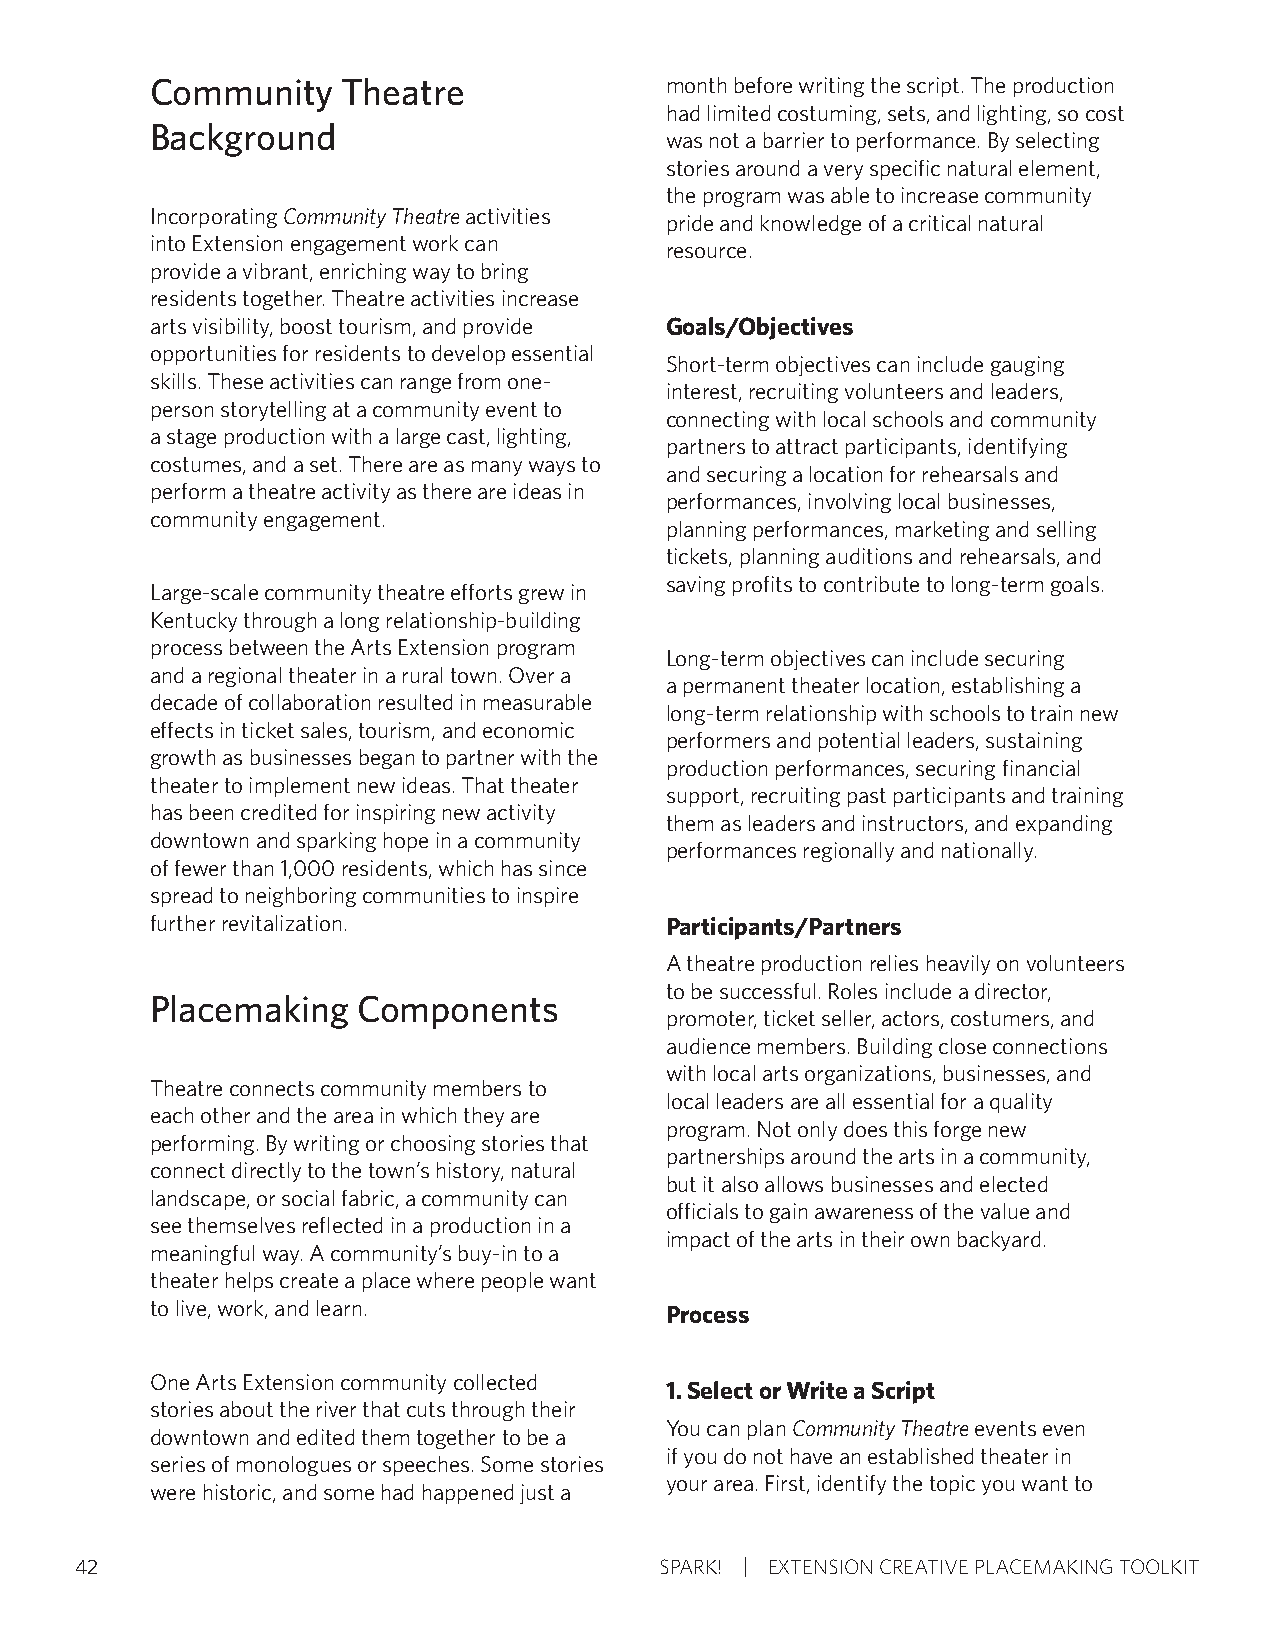
Community    Theatre              month before writing the script. The production
 had limited costuming, sets, and lighting, so cost
 Background
 was not a barrier to performance. By selecting
 stories around a very specific natural element,
 the program was able to increase community
 Incorporating Community Theatre activities
 pride and knowledge of a critical natural
 into Extension engagement work can
 resource.
 provide a vibrant, enriching way to bring
 residents together. Theatre activities increase
 arts visibility, boost tourism, and provide Goals/Objectives
 opportunities for residents to develop essential
 Short-term objectives can include gauging
 skills. These activities can range from one-
 interest, recruiting volunteers and leaders,
 person storytelling at a community event to
 connecting with local schools and community
 a stage production with a large cast, lighting,
 partners to attract participants, identifying
 costumes, and a set. There are as many ways to
 and securing a location for rehearsals and
 perform a theatre activity as there are ideas in
 performances, involving local businesses,
 community engagement.
 planning performances, marketing and selling
 tickets, planning auditions and rehearsals, and
 saving profits to contribute to long-term goals.
 Large-scale community theatre efforts grew in
 Kentucky through a long relationship-building
 process between the Arts Extension program
 Long-term objectives can include securing
 and a regional theater in a rural town. Over a
 a permanent theater location, establishing a
 decade of collaboration resulted in measurable
 long-term relationship with schools to train new
 effects in ticket sales, tourism, and economic
 performers and potential leaders, sustaining
 growth as businesses began to partner with the
 production performances, securing financial
 theater to implement new ideas. That theater
 support, recruiting past participants and training
 has been credited for inspiring new activity
 them as leaders and instructors, and expanding
 downtown and sparking hope in a community
 performances regionally and nationally.
 of fewer than 1,000 residents, which has since
 spread to neighboring communities to inspire
 further revitalization.           Participants/Partners
 A theatre production relies heavily on volunteers
 to be successful. Roles include a director,
 Placemaking   Components
 promoter, ticket seller, actors, costumers, and
 audience members. Building close connections
 with local arts organizations, businesses, and
 Theatre connects community members to
 local leaders are all essential for a quality
 each other and the area in which they are
 program. Not only does this forge new
 performing. By writing or choosing stories that
 partnerships around the arts in a community,
 connect directly to the town’s history, natural
 but it also allows businesses and elected
 landscape, or social fabric, a community can
 officials to gain awareness of the value and
 see themselves reflected in a production in a
 impact of the arts in their own backyard.
 meaningful way. A community’s buy-in to a
 theater helps create a place where people want
 to live, work, and learn.         Process
 One Arts Extension community collected
 1. Select or Write a Script
 stories about the river that cuts through their
 You can plan Community Theatre events even
 downtown and edited them together to be a
 if you do not have an established theater in
 series of monologues or speeches. Some stories
 your area. First, identify the topic you want to
 were historic, and some had happened just a
 42                                     SPARK! EXTENSION CREATIVE PLACEMAKING TOOLKIT